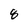
Character: 8